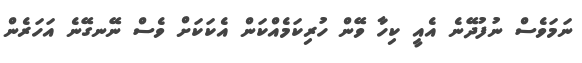
ނަމަވެސް ނުފުދޭނެ އެއީ ކިހާ ވޭން ހުރިކަމެއްކަން އެކަކަށް ވެސް ނޭނގޭނެ އަހަރެން